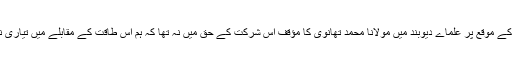
جہاد شاملی کے موقع پر علماے دیوبند میں مولانا محمد تھانوی کا مؤقف اس شرکت کے حق میں نہ تھا کہ ہم اس طاقت کے مقابلے میں تیاری نہیں رکھتے۔